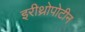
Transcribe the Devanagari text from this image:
इरीथ्रोपोटीन